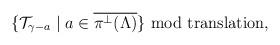
LaTeX: \begin{align*}\{{\cal T}_{\gamma-a} \mid a \in\overline{\pi^{\perp}(\Lambda)}\}\hbox{\ mod translation} ,\end{align*}